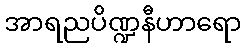
အာရညပိဏ္ဍနီဟာရော